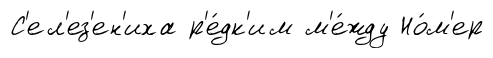
С'ел'ез'ен'иха р'е́дк'им м'е́жду Но́м'ер